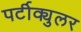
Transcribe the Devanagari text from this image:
पर्टीक्युलर